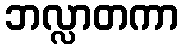
ဘလ္လာတကာ